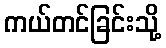
ကယ်တင်ခြင်းသို့